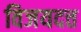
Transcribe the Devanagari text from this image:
विजयदत्त